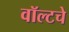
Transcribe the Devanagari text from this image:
वॉल्टचे